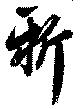
新